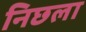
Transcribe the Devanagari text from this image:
निछला